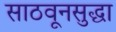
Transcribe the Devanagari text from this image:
साठवूनसुद्धा